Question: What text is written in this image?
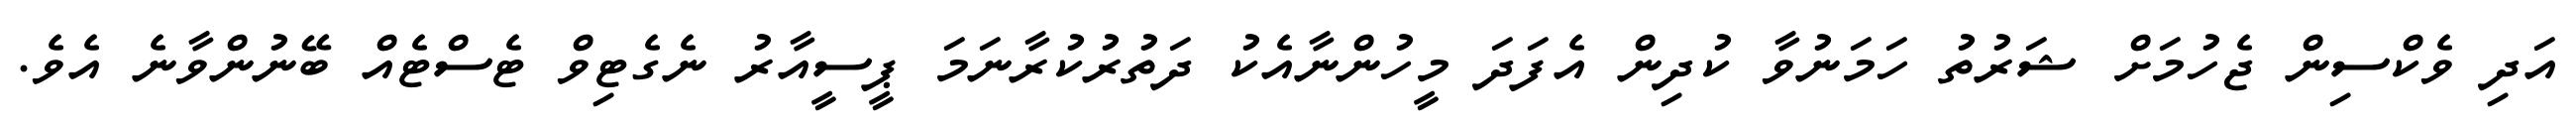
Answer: އަދި ވެކްސިން ޖެހުމަށް ޝަރުތު ހަމަނުވާ ކުދިން އެފަދަ މީހުންނާއެކު ދަތުރުކުރާނަމަ ޕީސީއާރު ނެގެޓިވް ޓެސްޓެއް ބޭނުންވާނެ އެވެ.